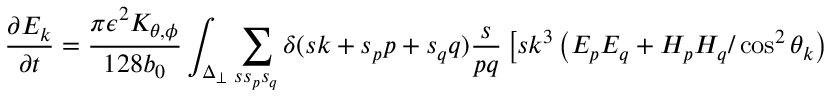
\frac { \partial E _ { k } } { \partial t } = \frac { \pi \epsilon ^ { 2 } K _ { \theta , \phi } } { 1 2 8 b _ { 0 } } \int _ { \Delta _ { \perp } } \sum _ { s s _ { p } s _ { q } } \delta ( s k + s _ { p } p + s _ { q } q ) \frac { s } { p q } \left[ s k ^ { 3 } \left( E _ { p } E _ { q } + H _ { p } H _ { q } / \cos ^ { 2 } \theta _ { k } \right) \right.